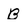
Character: B